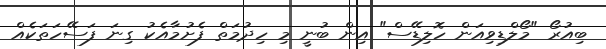
ބިއުރޯ "މޯލްޑިވިއަން ހޮލިޑޭސް" އިން ބުނީ މި ހިދުމަތް ފެށުމާއެކު ގިނަ ފަސޭހަތަކެއް